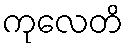
ကုလေတိ